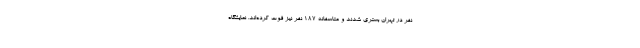
نفر در تهران بستری شدند و متاسفانه ۱۸۷ نفر نیز فوت کرده‌اند. نمایشگاه